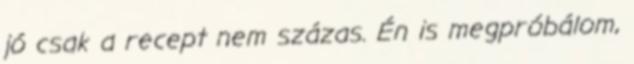
jó csak a recept nem százas. Én is megpróbálom,